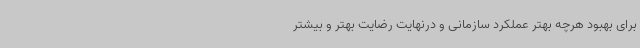
برای بهبود هرچه بهتر عملکرد سازمانی و درنهایت رضایت بهتر و بیشتر